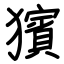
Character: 獱